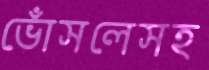
ভোঁসলেসহ